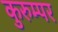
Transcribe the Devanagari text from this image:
कुरुम्पर